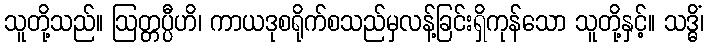
သူတို့သည်။ ဩတ္တပ္ပီဟိ၊ ကာယဒုစရိုက်စသည်မှလန့်ခြင်းရှိကုန်သော သူတို့နှင့်။ သဒ္ဓိံ၊